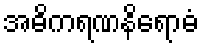
အဓိကရဏနိရောဓံ